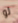
لو